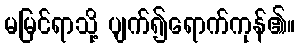
မမြင်ရာသို့ ပျက်၍ရောက်ကုန်၏။